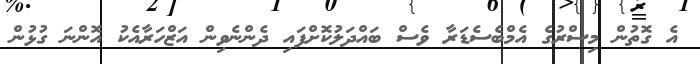
އެ ގޮތުން މިސްރުގެ އެމްބެސެޑަރާ ވެސް ބައްދަލުކޮށްފައި ދެންނެވިން އަޒްހަރާއެކު އޮންނަ ގުޅުން